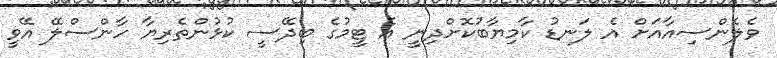
ވެލެންސިއާއަށް އެ ލަނޑު ކާމިޔާބުކޮށްދިނީ އެ ޓީމުގެ ބިދޭސީ ކުޅުންތެރިޔާ ހާންސްލޭ އޭވީ